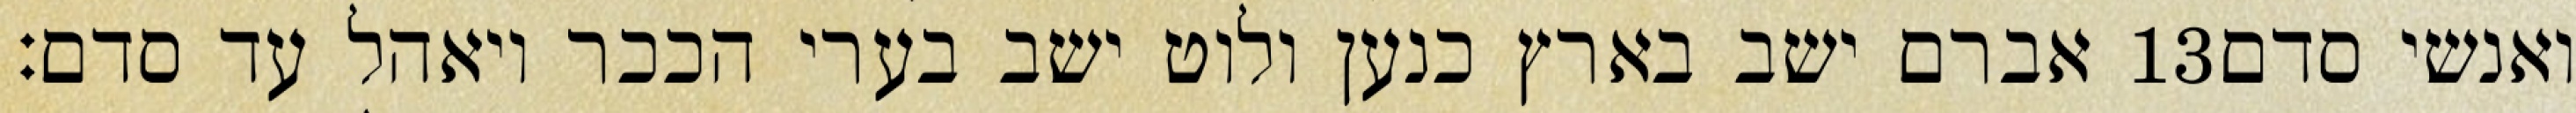
אברם ישב בארץ כנען ולוט ישב בערי הככר ויאהל עד סדם׃ ‎13‏ ואנשי סדם